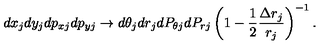
d x _ { j } d y _ { j } d p _ { x j } d p _ { y j } \rightarrow d \theta _ { j } d r _ { j } d P _ { \theta j } d P _ { r j } \left( 1 - \frac { 1 } { 2 } \frac { \Delta r _ { j } } { r _ { j } } \right) ^ { - 1 } .